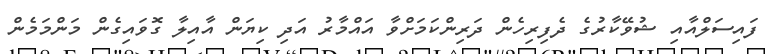
ފައިސަލްއާއި ޝުވޭކާރުގެ ދެފިރިހެން ދަރިންކަމަށްވާ އައްމާރު އަދި ކިޔަން އާއިލާ ގޮވައިގެން މަންމަމެން